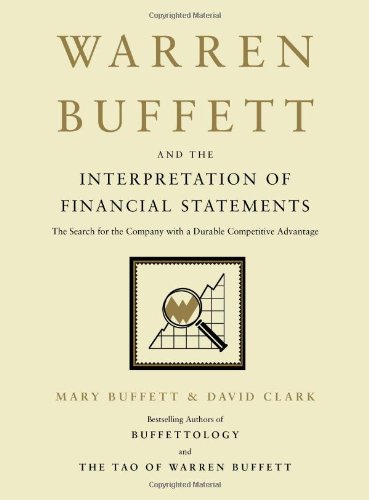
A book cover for Warren Buffett and the Interpretation of Financial Statements: The Search for the Company with a Durable Competitive Advantage; Mary Buffett; Business & Money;